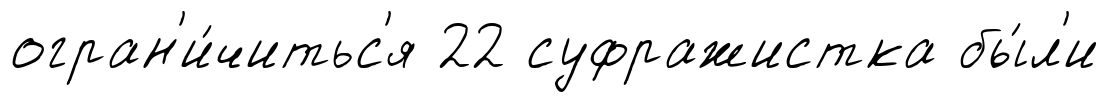
огран'и́читьс'я 22 суфражистка бы́л'и